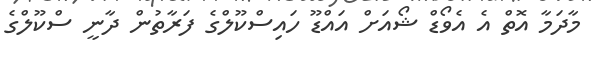
މާދަމާ އޮތް އެ އެވޯޑް ޝޯއަށް އައްޑޫ ހައިސްކޫލްގެ ފަރާތުން ދާނީ ސްކޫލްގެ